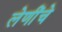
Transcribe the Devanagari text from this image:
लेणींचे